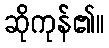
ဆိုကုန်၏။